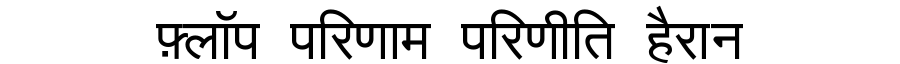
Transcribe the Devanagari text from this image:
फ़्लॉप परिणाम परिणीति हैरान